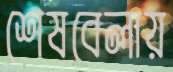
শেষবেলায়